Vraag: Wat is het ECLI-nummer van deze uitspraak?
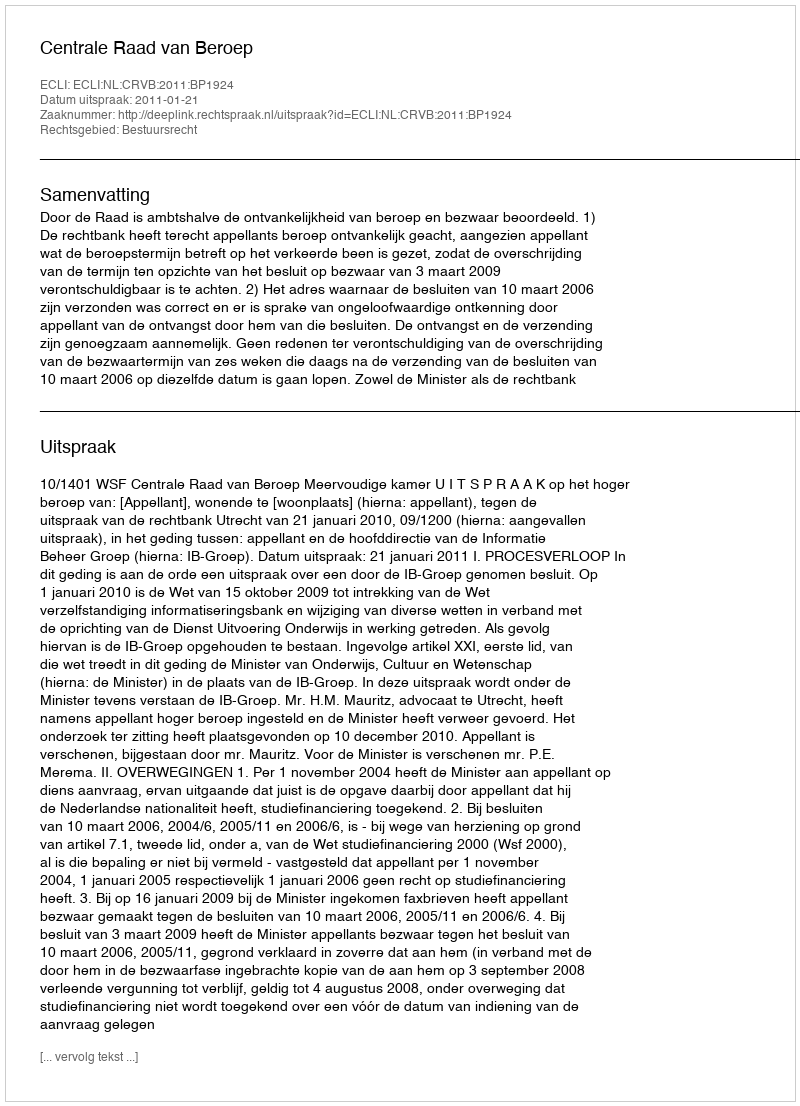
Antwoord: ECLI:NL:CRVB:2011:BP1924